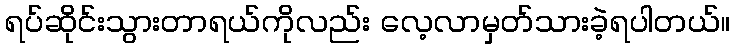
ရပ်ဆိုင်းသွားတာရယ်ကိုလည်း လေ့လာမှတ်သားခဲ့ရပါတယ်။